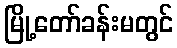
မြို့တော်ခန်းမတွင်